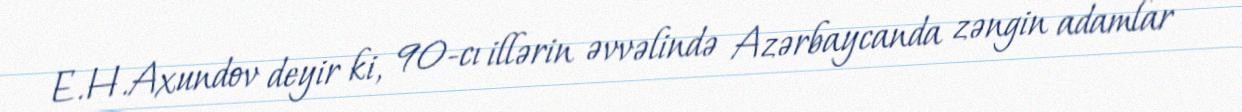
E.H.Axundov deyir ki, 90-cı illərin əvvəlində Azərbaycanda zəngin adamlar